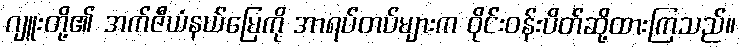
ဂျူးတို့၏ အက်ဇီယံနယ်မြေကို အာရပ်တပ်များက ဝိုင်းဝန်းပိတ်ဆို့ထားကြသည်။